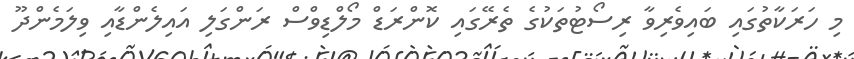
މި ހަރަކާތުގައި ބައިވެރިވާ ރިސޯޓުތަކުގެ ތެރޭގައި ކޮންރަޑް މޯލްޑިވްސް ރަންގަލި އައިލެންޑާއި ވިލަމެންދޫ